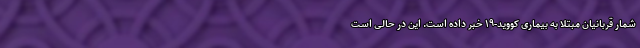
شمار قربانیان مبتلا به بیماری کووید-۱۹ خبر داده است. این در حالی است